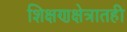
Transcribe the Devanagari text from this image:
शिक्षणक्षेत्रातही